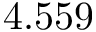
4 . 5 5 9